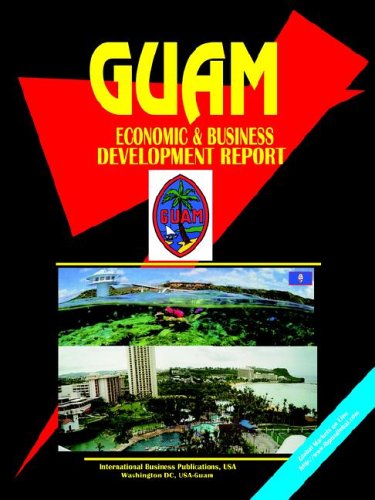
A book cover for Guam Economic & Business Development Report (World Business Library); Ibp Usa; Travel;